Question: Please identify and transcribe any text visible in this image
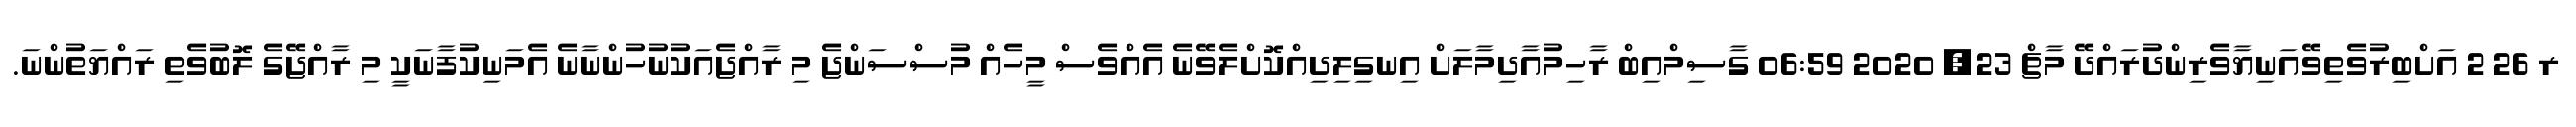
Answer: ރ 26 2 އަށްބިރުވެތިވޭއަނިޔާވެރިންދުރައްދޭ މާޗް 23, 2020 06:59 ގާސިމްއިބް ރާހިމުއާދިމާލަށް އިނގިލިދިއްކޮށްލެވޭނެ އެއްވެސް މީހެއް މުސްސަންޖެ މި ރާއްޖެއަކުނުހުންނާނެ އެމަނިކުފާނަކީ މި ރާއްޖޭގެ ލޮބުވެތި ރައްޔަތުންނަ.